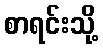
စာရင်းသို့